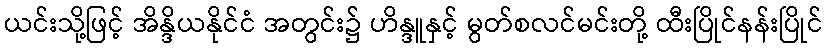
ယင်းသို့ဖြင့် အိန္ဒိယနိုင်ငံ အတွင်း၌ ဟိန္ဒူနှင့် မွတ်စလင်မင်းတို့ ထီးပြိုင်နန်းပြိုင်